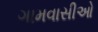
ગામવાસીઓ